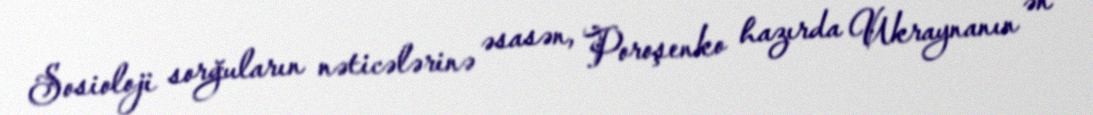
Sosioloji sorğuların nəticələrinə əsasən, Poroşenko hazırda Ukraynanın ən